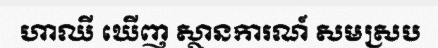
ហាឈី ឃើញ ស្ថានការណ៍ សមស្រប